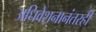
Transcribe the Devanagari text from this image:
अधिवेशनानंतरही